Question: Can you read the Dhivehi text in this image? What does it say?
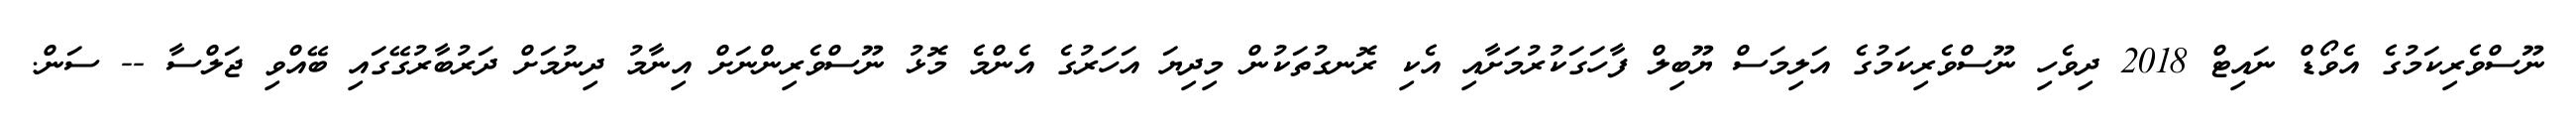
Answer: ނޫސްވެރިކަމުގެ އެވޯޑް ނައިޓް 2018 ދިވެހި ނޫސްވެރިކަމުގެ އަލިމަސް ޔޫބިލް ފާހަގަކުރުމަށާއި އެކި ރޮނގުތަކުން މިދިޔަ އަހަރުގެ އެންމެ މޮޅު ނޫސްވެރިންނަށް އިނާމު ދިނުމަށް ދަރުބާރުގޭގައި ބޭއްވި ޖަލްސާ -- ސަން.